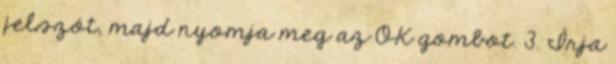
jelszót, majd nyomja meg az OK gombot. 3. Írja